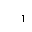
Letter: _alif